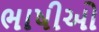
ભાષીઓ